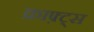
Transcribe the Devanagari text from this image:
क्राफ़्ट्स